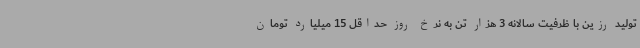
تولید رزین با ظرفیت سالانه 3 هزار تن به نرخ روز حداقل 15 میلیارد تومان